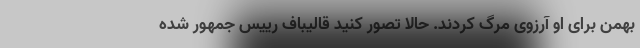
بهمن برای او آرزوی مرگ کردند. حالا تصور کنید قالیباف رییس جمهور شده